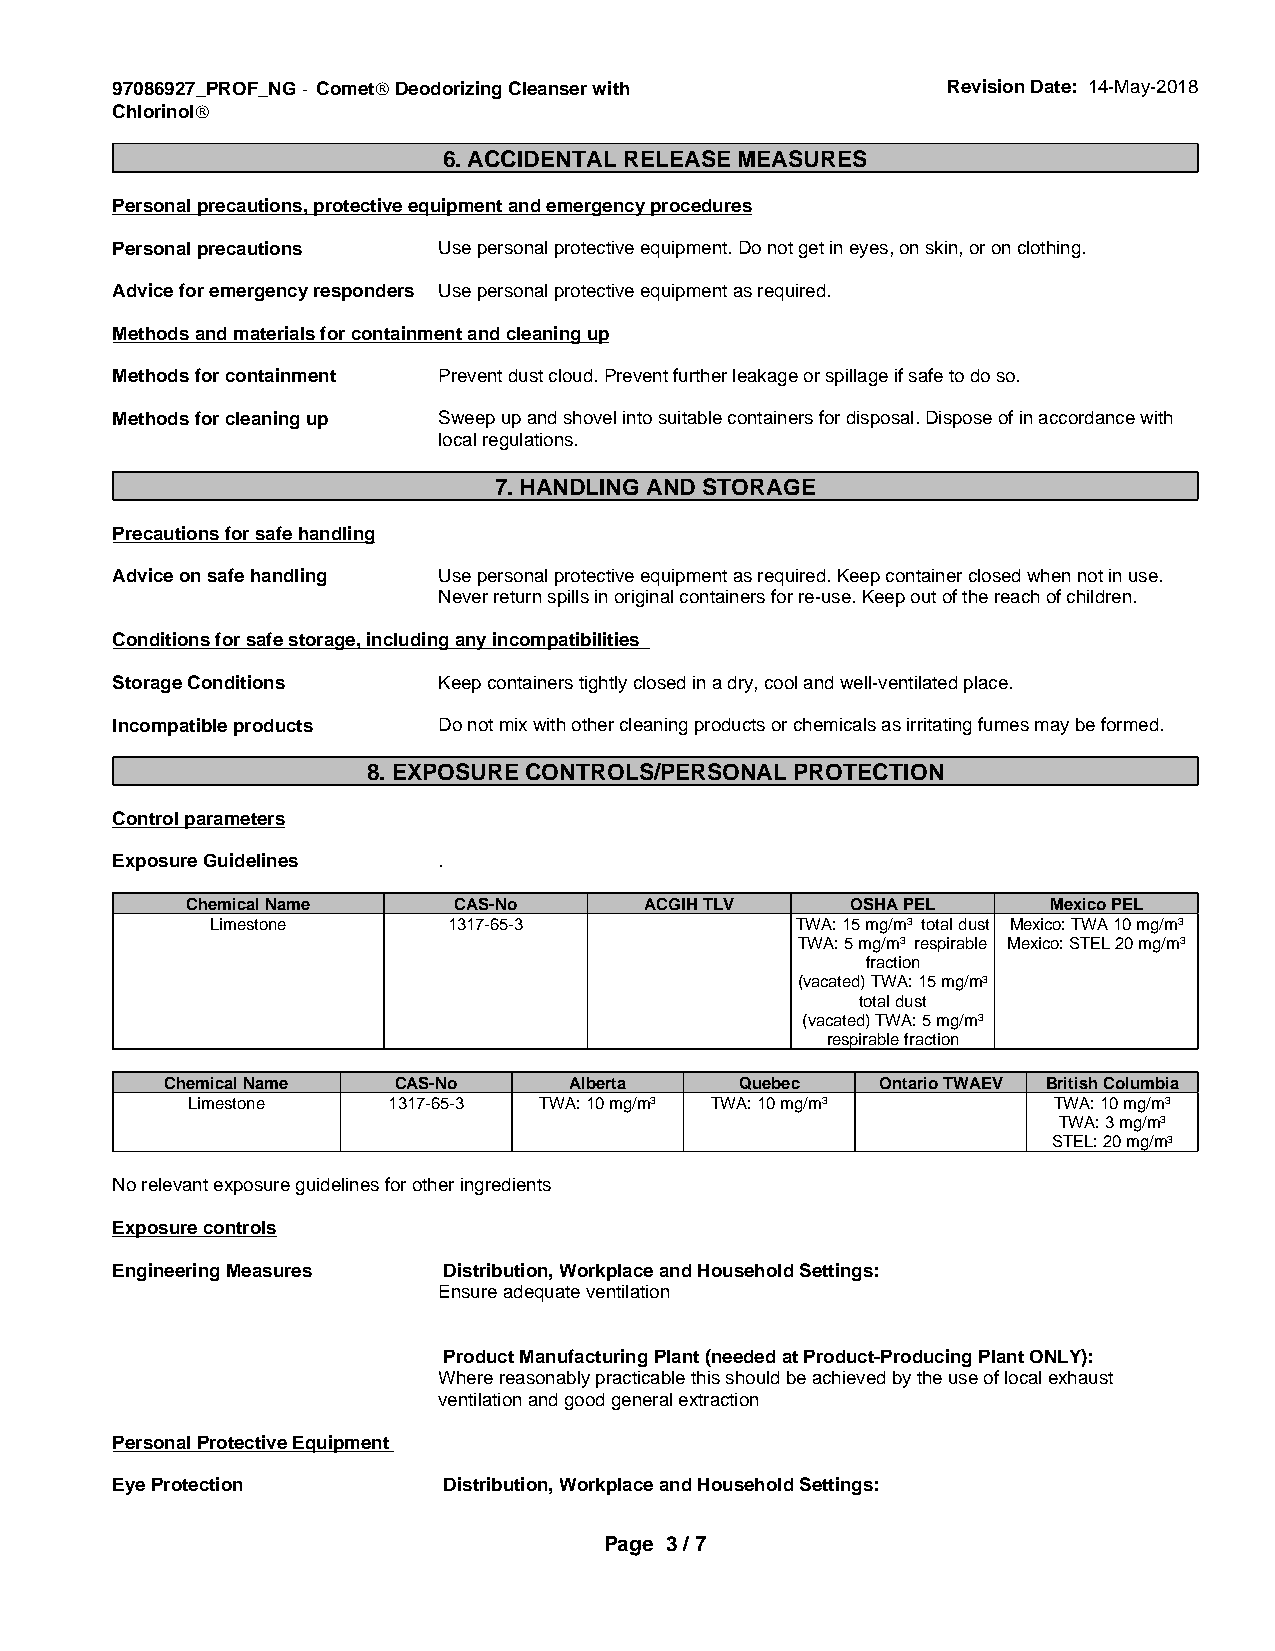
97086927_PROF_NG - CometÒ Deodorizing Cleanser with     Revision Date: 14-May-2018
 ChlorinolÒ
 6. ACCIDENTAL RELEASE MEASURES
 Personal precautions, protective equipment and emergency procedures
 Personal precautions  Use personal protective equipment. Do not get in eyes, on skin, or on clothing.
 Advice for emergency responders Use personal protective equipment as required.
 Methods and materials for containment and cleaning up
 Methods for containment Prevent dust cloud. Prevent further leakage or spillage if safe to do so.
 Methods for cleaning up Sweep up and shovel into suitable containers for disposal. Dispose of in accordance with
 local regulations.
 7. HANDLING AND STORAGE
 Precautions for safe handling
 Advice on safe handling Use personal protective equipment as required. Keep container closed when not in use.
 Never return spills in original containers for re-use. Keep out of the reach of children.
 Conditions for safe storage, including any incompatibilities
 Storage Conditions    Keep containers tightly closed in a dry, cool and well-ventilated place.
 Incompatible products Do not mix with other cleaning products or chemicals as irritating fumes may be formed.
 8. EXPOSURE CONTROLS/PERSONAL PROTECTION
 Control parameters
 Exposure Guidelines   .
 Chemical Name     CAS-No       ACGIH TLV    OSHA PEL      Mexico PEL
 Limestone       1317-65-3              TWA: 15 mg/m3 total dust Mexico: TWA 10 mg/m3
 TWA: 5 mg/m3 respirable Mexico: STEL 20 mg/m3
 fraction
 (vacated) TWA: 15 mg/m3
 total dust
 (vacated) TWA: 5 mg/m3
 respirable fraction
 Chemical Name  CAS-No      Alberta    Quebec   Ontario TWAEV British Columbia
 Limestone     1317-65-3 TWA: 10 mg/m3 TWA: 10 mg/m3       TWA: 10 mg/m3
 TWA: 3 mg/m3
 STEL: 20 mg/m3
 No relevant exposure guidelines for other ingredients
 Exposure controls
 Engineering Measures  Distribution, Workplace and Household Settings:
 Ensure adequate ventilation
 Product Manufacturing Plant (needed at Product-Producing Plant ONLY):
 Where reasonably practicable this should be achieved by the use of local exhaust
 ventilation and good general extraction
 Personal Protective Equipment
 Eye Protection        Distribution, Workplace and Household Settings:
 Page 3 / 7